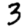
Digit: 3